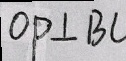
O P \bot B C